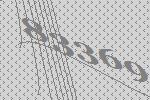
83369